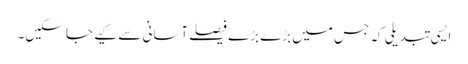
ایسی تبدیلی کہ جس میں بڑے بڑے فیصلے آسانی سے کیے جا سکیں۔